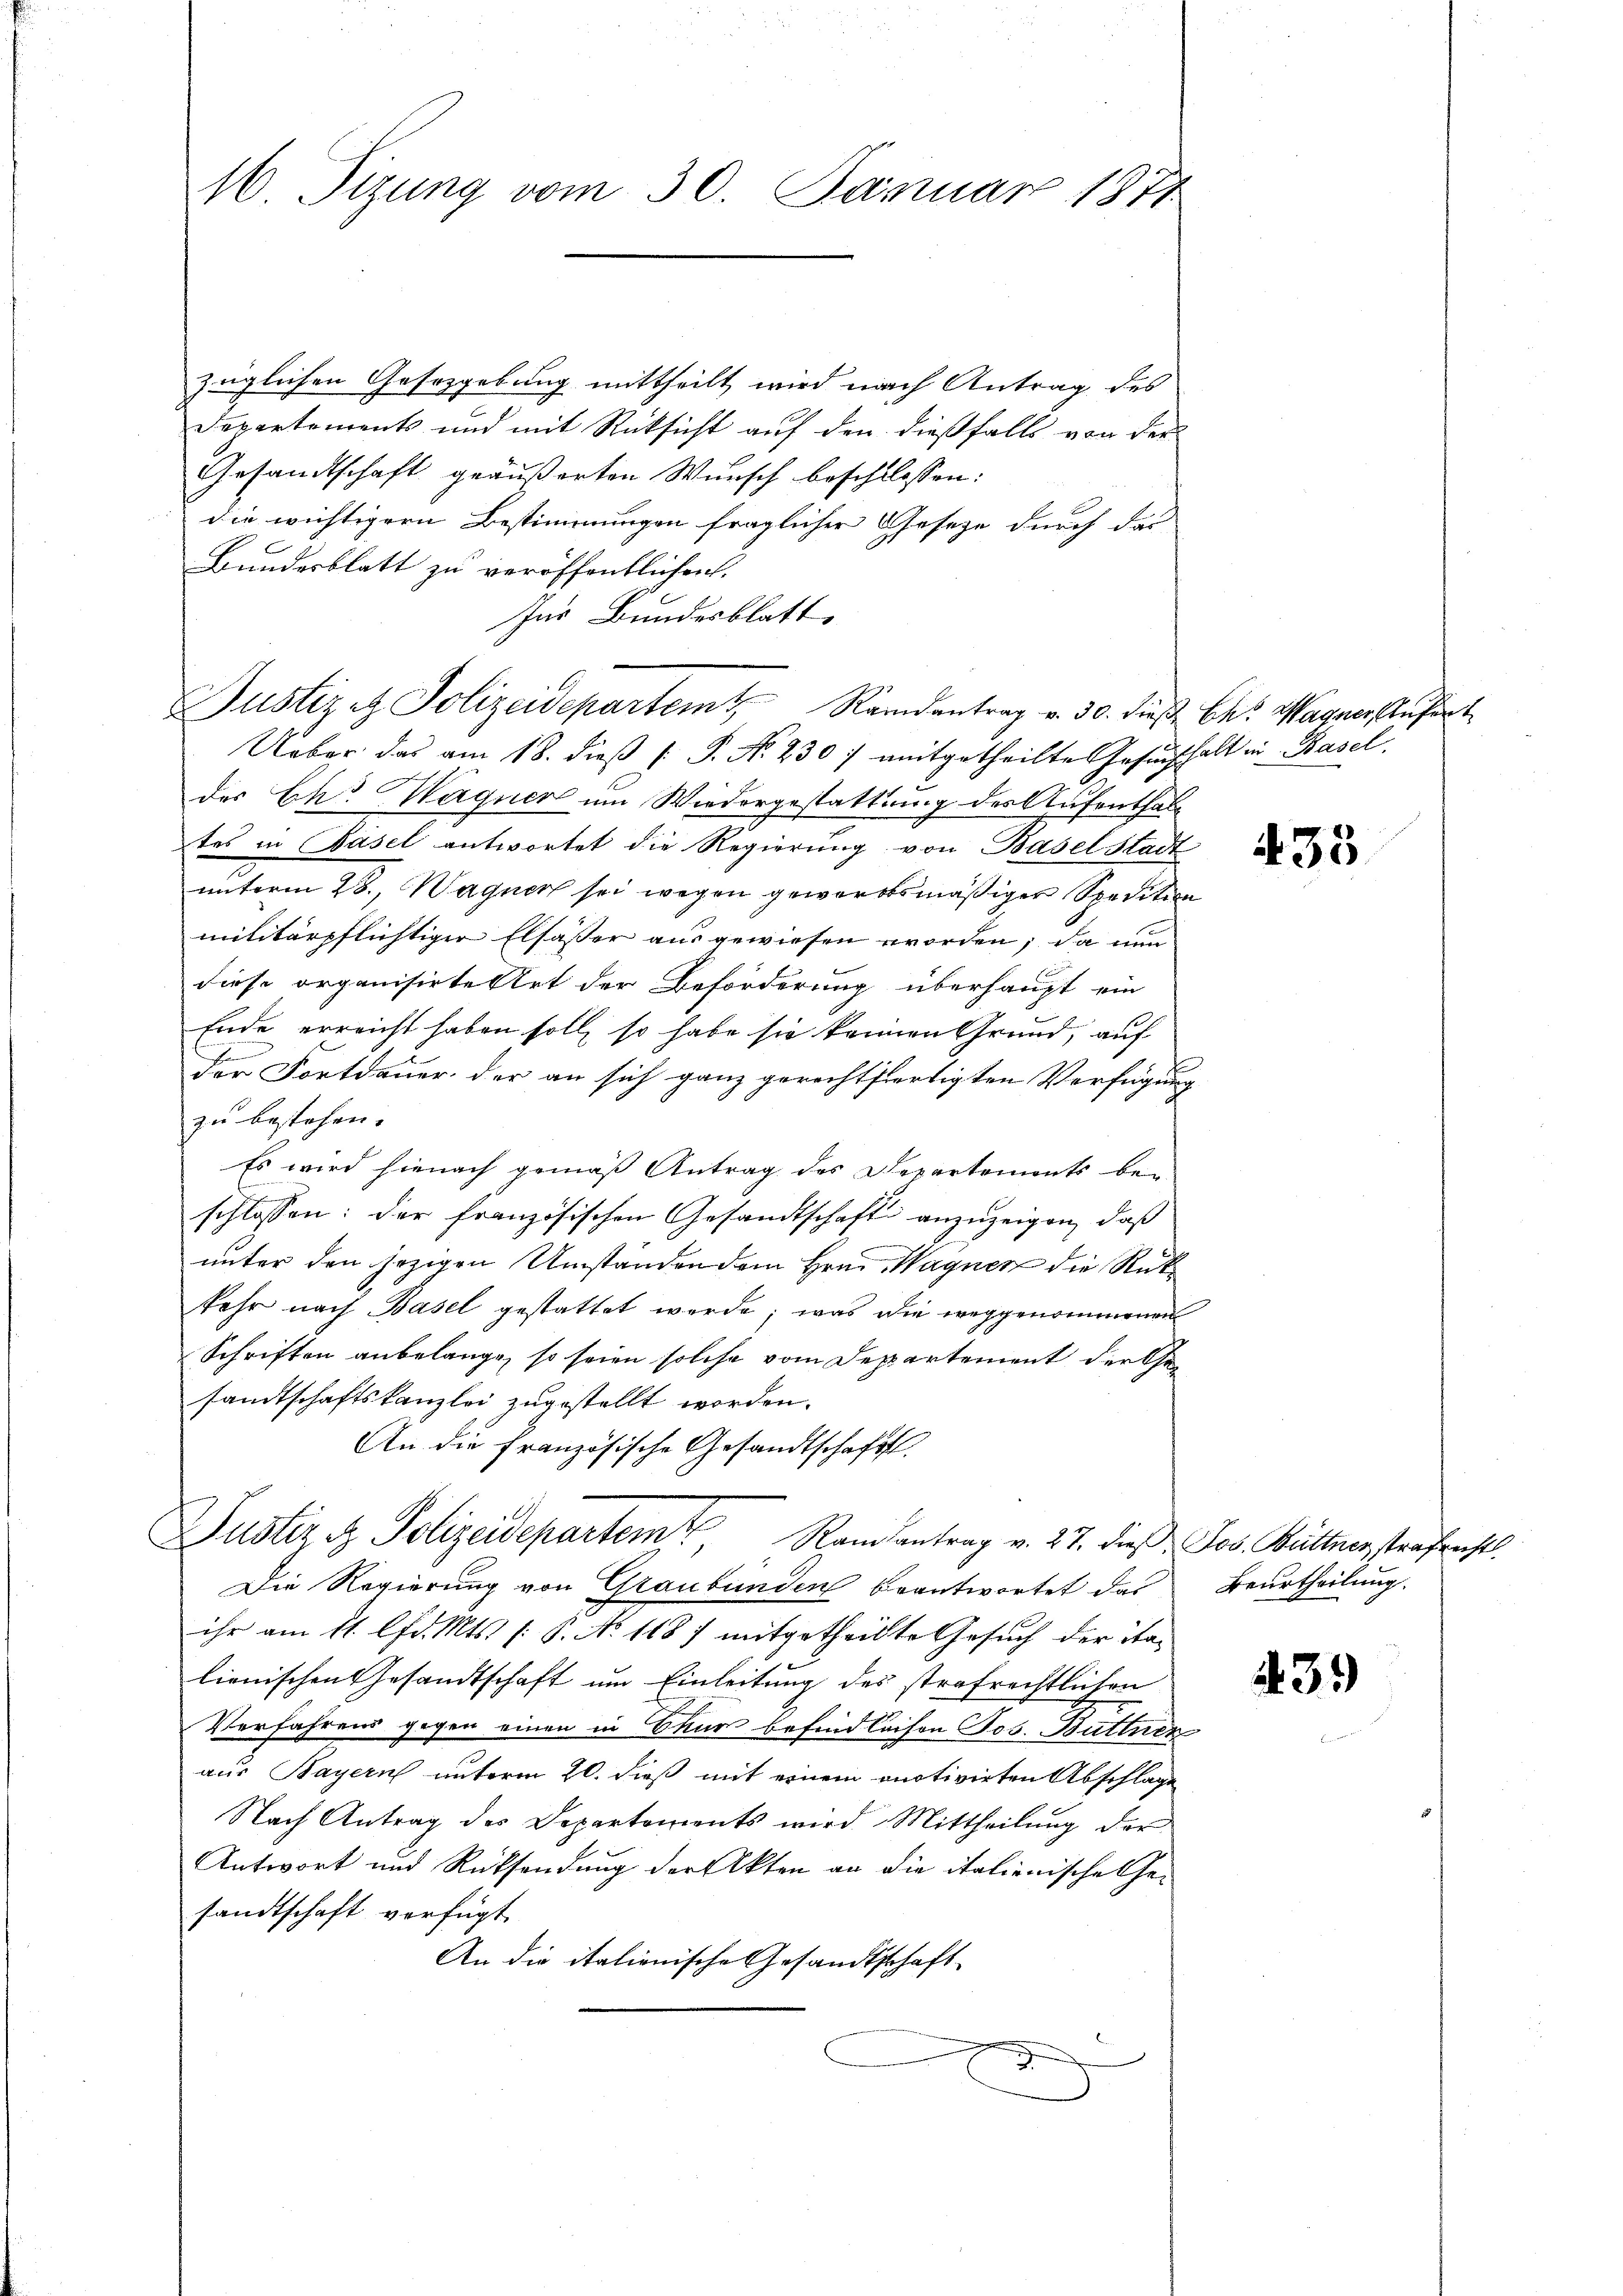
16 Sizung vom 30. Januar 1877

züglichen Gesetzgebung mittheilt wird nach Antrag des
Departements und mit Rücksicht auf den dießfalls von der
Gesandtschaft geäußerten Wunsch beschlossen:
die wichtigern Bestimmungen fraglicher Gesetze durch das
Bundesblatt zu veröffentlichen.
Ins Bundesblatt
Justizet Polizeidepartem Randantrag v. 30. dieß Ch. Wagnerstufert
Ueber das am 18. dieβ (: P. Nr. 230 :/ amitgetheilte Gesŭchhalt in Basel.
des Ch. Wagner um Wiedergestattung des Aufenthaltes in Basel antwortet die Regierung von Basel Stadt
unterm 28., Wagner sei wegen geworbtsmäßiger Spedition
militärpflichtiger Elsässer ausgewiesen worden; da nun
diese organisirte Art der Beförderung überhaupt ein
Ende erreicht haben soll, so habe sie keinen Grund, auf
n
der Fortdauer der an sich ganz gerechtfertigten Verfügung
zu bestehen.
Es wird hienach gemäß Antrag des Departements be-
schlossen: der französischen Gesandtschaft anzuzeigen, daß
unter den jezigen Umständen dem Hrn. Wagner die Rükkehr nach Basel gestattet werde; was die weggenommenen
Schriften anbelange, so seien solche vom Deppartement der Gesandtschaftskanzlei zugestellt worden.
An die französische Gesandtschafft.
Justiz & Polizeidepartem Ramantrag v. 27. dieß Jos. Büttner strafenstl
Die Regierung von Graubünden beantwortet das
ihr am 11. lfd. Mts. [S. No 118) mitgetheilte Gesuch der ita-
lienischen Gesandtschaft um Einleitung des strafrechtlichen
Verfahrens gegen einen in Chur befindlichen Jos. Büttner
aus Bayern unterm 20. dieß mit einem onotivirten Abschlage
Nach Antrag des Departements wird Mittheilŭng der
Antwort und Rücksendung der Akten an die italienische Gesandtschaft verfügt
An die italienische Gesandtschaft
d

435

Beurtheilung.

439)